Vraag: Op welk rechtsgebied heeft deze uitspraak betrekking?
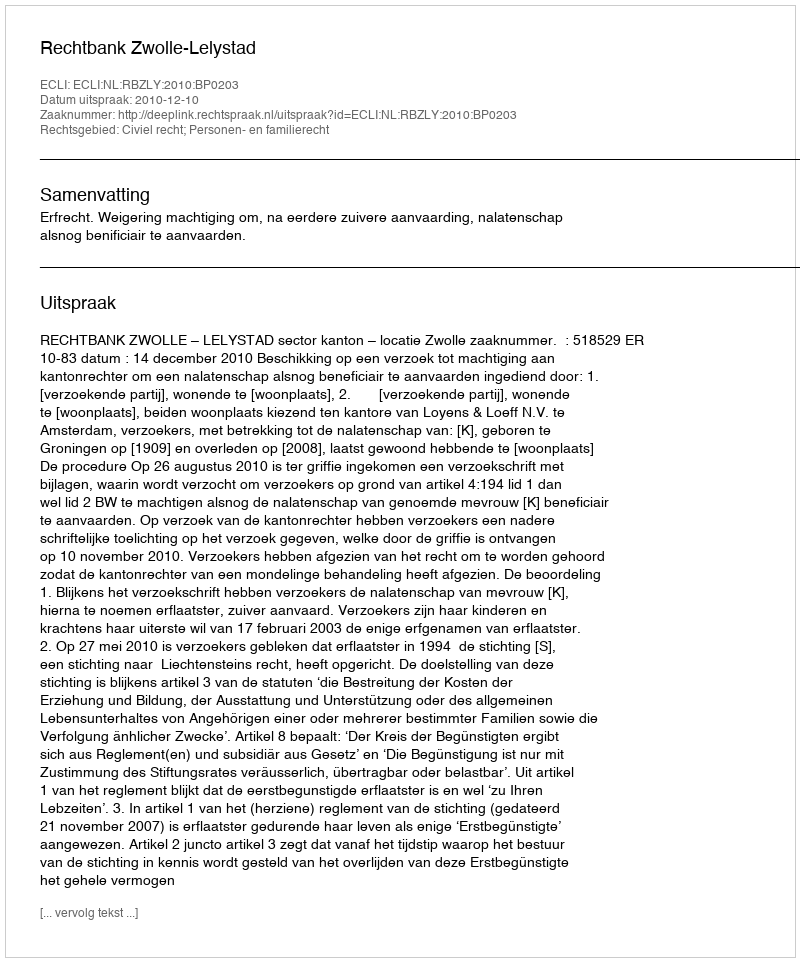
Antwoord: Civiel recht; Personen- en familierecht